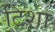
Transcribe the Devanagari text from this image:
टिशा